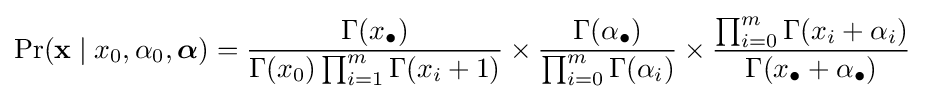
\Pr(\mathbf {x} \mid x_{0},\alpha _{0},{\boldsymbol {\alpha }})={\frac {\Gamma (x_{\bullet })}{\Gamma (x_{0})\prod _{i=1}^{m}\Gamma (x_{i}+1)}}\times {\frac {\Gamma (\alpha _{\bullet })}{\prod _{i=0}^{m}\Gamma (\alpha _{i})}}\times {\frac {\prod _{i=0}^{m}\Gamma (x_{i}+\alpha _{i})}{\Gamma (x_{\bullet }+\alpha _{\bullet })}}